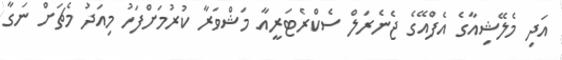
އަދި މެލޭޝިއާގެ އެފްއޭގެ ޖެނެރަލް ސެކްރެޓަރީއާ މަޝްވަރާ ކުރުމަށްފަހު މިއަދު މެޗަށް ނަގާ